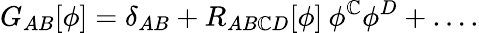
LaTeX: G_{AB}[\phi]=\delta_{AB}+R_{AB\mathbb{C}D}[\phi]\: \phi^{\mathbb{C}}\phi^{D}+\ldots.